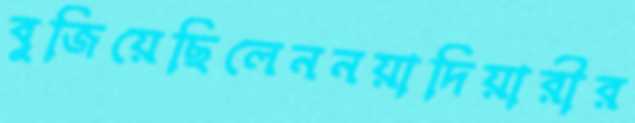
বুজিয়েছিলেননয়াদিয়ারীর